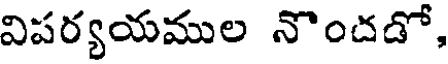
విపర్యయముల నొందడో,